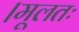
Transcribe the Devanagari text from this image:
।मूलतः